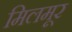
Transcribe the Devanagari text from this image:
मिलमूर